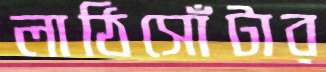
লাঠিসোঁটার